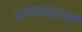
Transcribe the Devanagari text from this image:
प्रकाशसुग्राही